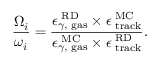
\frac { { \Omega } _ { i } } { \omega _ { i } } = \frac { \epsilon _ { \gamma , \mathrm { \tiny ~ g a s } } ^ { \mathrm { \tiny ~ R D } } \times \epsilon _ { \mathrm { \tiny ~ t r a c k } } ^ { \mathrm { \tiny ~ M C } } } { \epsilon _ { \gamma , \mathrm { \tiny ~ g a s } } ^ { \mathrm { \tiny ~ M C } } \times \epsilon _ { \mathrm { \tiny ~ t r a c k } } ^ { \mathrm { \tiny ~ R D } } } .